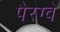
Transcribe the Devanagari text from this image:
पैरग्वे